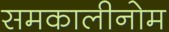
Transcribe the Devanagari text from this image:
समकालीनोम